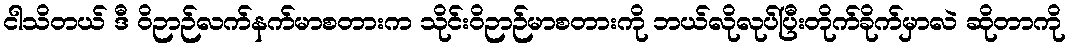
ငါသိတယ် ဒီ ဝိဉာဉ်လက်နက်မာစတားက သိုင်းဝိဉာဉ်မာစတားကို ဘယ်လိုလုပ်ပြီးတိုက်ခိုက်မှာလဲ ဆိုတာကို